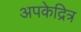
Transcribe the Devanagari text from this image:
अपकेद्रित्र